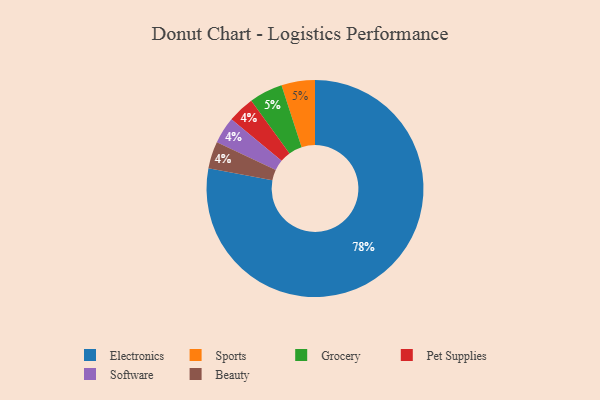
{"axis": {"x": "Category", "y": "Percentage"}, "legend": ["Beauty", "Electronics", "Grocery", "Pet Supplies", "Software", "Sports"], "data": [{"x": "Pet Supplies", "y": 4, "type": "Pet Supplies"}, {"x": "Sports", "y": 5, "type": "Sports"}, {"x": "Grocery", "y": 5, "type": "Grocery"}, {"x": "Electronics", "y": 78, "type": "Electronics"}, {"x": "Software", "y": 4, "type": "Software"}, {"x": "Beauty", "y": 4, "type": "Beauty"}]}